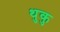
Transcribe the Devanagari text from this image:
थुकु